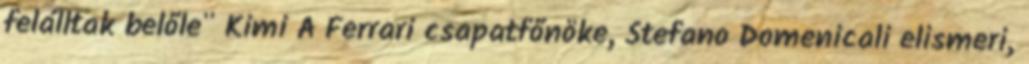
felálltak belőle" Kimi A Ferrari csapatfőnöke, Stefano Domenicali elismeri,